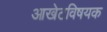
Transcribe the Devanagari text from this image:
आखेटविषयक